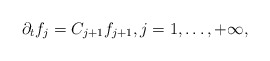
\begin{align*} \partial_t f_j=C_{j+1}f_{j+1},j=1,\ldots,+\infty,\end{align*}